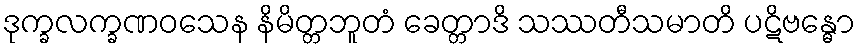
ဒုက္ခလက္ခဏဝသေန နိမိတ္တဘူတံ ခေတ္တာဒိ သဿတီသမာတိ ပဋိဗန္ဓော